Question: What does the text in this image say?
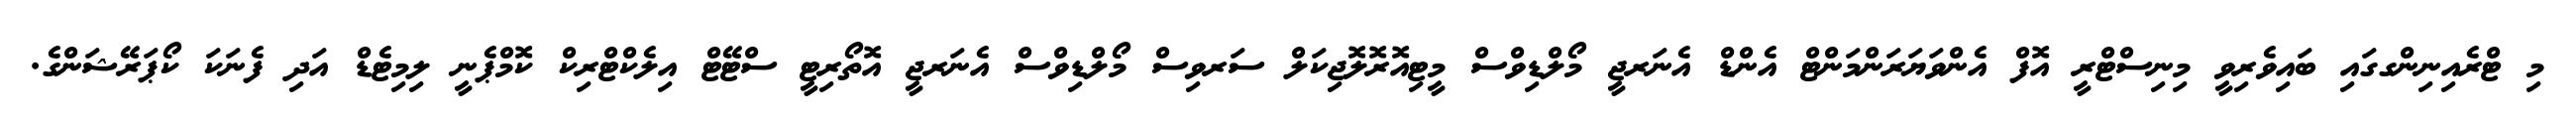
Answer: މި ޓްރެއިނިންގގައި ބައިވެރިވީ މިނިސްޓްރީ އޮފް އެންވަޔަރަންމަންޓް އެންޑް އެނަރޖީ މޯލްޑިވްސް މީޓިއޮރޮލޮޖިކަލް ސަރވިސް މޯލްޑިވްސް އެނަރޖީ އޮތޯރިޓީ ސްޓޭޓް އިލެކްޓްރިކް ކޮމްޕެނީ ލިމިޓެޑް އަދި ފެނަކަ ކޯޕަރޭޝަންގެ.